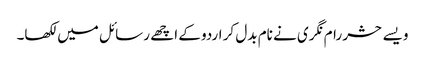
ویسے حشر رام نگری نے نام بدل کر اردو کے اچھے رسائل میں لکھا۔